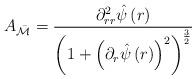
LaTeX: \begin{align*}A_{\mathcal{\bar{M}}}=\frac{\partial_{rr}^{2}\hat{\psi}\left(r\right)}{\left(1+\left(\partial_{r}\hat{\psi}\left(r\right)\right)^{2}\right)^{\frac{3}{2}}}\end{align*}